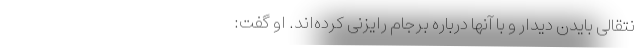
نتقالی بایدن دیدار و با آنها درباره برجام رایزنی کرده‌اند. او گفت: